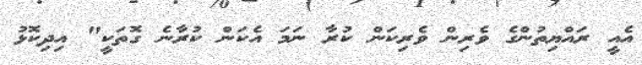
އެއީ ރައްޔިތުންގެ ވެރިން ވެރިކަން ކުރާ ނަމަ އެކަން ކުރާނެ ގޮތަކީ" އިދިކޮޅު